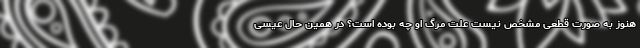
هنوز به صورت قطعی مشخص نیست علت مرگ او چه بوده است؟ در همین حال عیسی